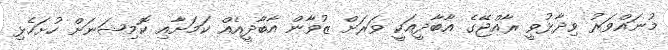
މުނައްވަރު ވިދާޅުވީ ރާއްޖޭގެ އާބާދީއަކީ ވަރަށް ޒުވާން އާބާދީއެއް ކަމަށާއި ކޮމިޝަނަށް ހުށަހެޅި